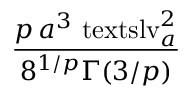
\displaystyle \frac { p \, a ^ { 3 } \mathrm { \ t e x t s l { v } } _ { a } ^ { 2 } } { 8 ^ { 1 / p } \Gamma ( 3 / p ) }